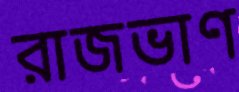
রাজভাণ